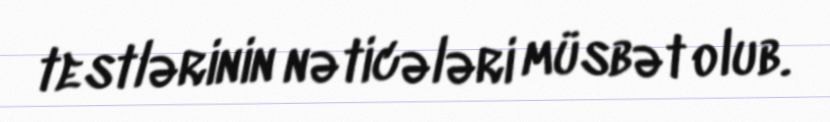
testlərinin nəticələri müsbət olub.